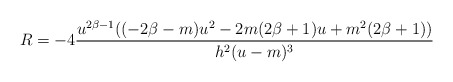
\begin{align*}R = - 4 \frac{ u^{ 2\beta - 1} (( -2 \beta - m) u^2 - 2m(2 \beta + 1) u + m^2(2 \beta + 1))}{h^2 (u-m)^3}\end{align*}